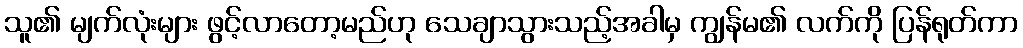
သူ၏ မျက်လုံးများ ဖွင့်လာတော့မည်ဟု သေချာသွားသည့်အခါမှ ကျွန်မ၏ လက်ကို ပြန်ရုတ်ကာ